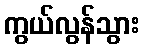
ကွယ်လွန်သွား